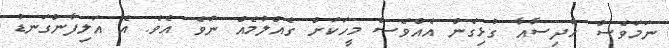
ނަމަވެސް ހާދިސާއާ ގުޅިގެން އެއްވެސް މީހަކަށް ގެއްލުމެއް ނުވެ އެވެ. އެ އަލިފާންގަނޑު